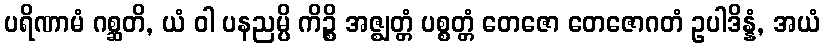
ပရိဏာမံ ဂစ္ဆတိ, ယံ ဝါ ပနညမ္ပိ ကိဉ္စိ အဇ္ဈတ္တံ ပစ္စတ္တံ တေဇော တေဇောဂတံ ဥပါဒိန္နံ, အယံ